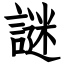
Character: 謎